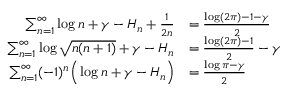
{ \begin{array} { r l } { \sum _ { n = 1 } ^ { \infty } \log n + \gamma - H _ { n } + { \frac { 1 } { 2 n } } } & { = { \frac { \log ( 2 \pi ) - 1 - \gamma } { 2 } } } \\ { \sum _ { n = 1 } ^ { \infty } \log { \sqrt { n ( n + 1 ) } } + \gamma - H _ { n } } & { = { \frac { \log ( 2 \pi ) - 1 } { 2 } } - \gamma } \\ { \sum _ { n = 1 } ^ { \infty } ( - 1 ) ^ { n } { \Big ( } \log n + \gamma - H _ { n } { \Big ) } } & { = { \frac { \log \pi - \gamma } { 2 } } } \end{array} }